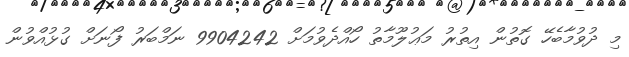
މި ދުވުމާބެހޭ ގޮތުން އިތުރު މަޢުލޫމާތު ހޯއްދެވުމަށް 9904242 ނަމްބަރު ފޯނަށް ގުޅުއްވުން